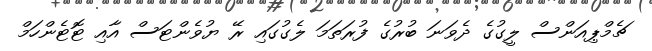
ޗެމްޕިއަންސް ލީގުގެ ދެވަނަ ބުރުގެ ފުރަތަމަ ލެގުގައި ރޭ ޔުވެންޓަސް އާއި ޓޮޓެންހަމް